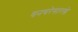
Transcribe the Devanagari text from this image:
वनचरेसारखे